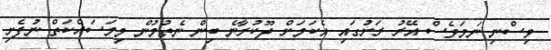
ވިސްނި ނަމަވެސް އޭރު ރަށުގައި އެކަމަށް ދޫކުރާނެ ބިން ނެތުމުން މިމަސައްކަތް ނުފެށި